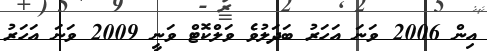
އިން 2006 ވަނަ އަހަރު ބަދަލުވެ ވަލްކޮޓް ވަނީ 2009 ވަނަ އަހަރު